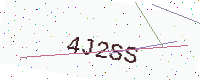
Text: 4J2SS